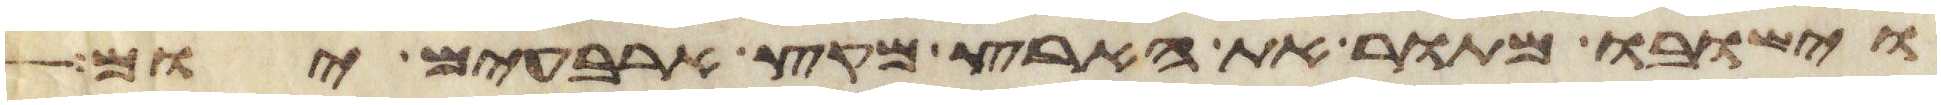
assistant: וישבו מתור את הארץ מקץ ארבעים יום